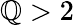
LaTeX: \mathbb{Q}>2